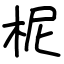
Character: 柅